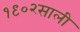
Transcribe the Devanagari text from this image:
१९०२साली